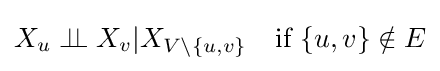
X_{u}\perp \!\!\!\perp X_{v}|X_{V\setminus \{u,v\}}\quad {\text{if }}\{u,v\}\notin E